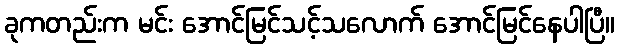
ခုကတည်းက မင်း အောင်မြင်သင့်သလောက် အောင်မြင်နေပါပြီ။